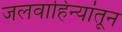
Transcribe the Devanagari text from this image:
जलवाहिन्यांतून